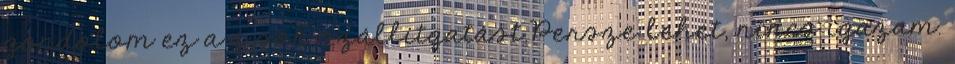
gondolom ez a q sok szállítgatást.Persze lehet, nincs igazam.